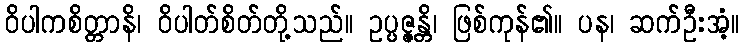
ဝိပါကစိတ္တာနိ၊ ဝိပါတ်စိတ်တို့သည်။ ဥပ္ပဇ္ဇန္တိ၊ ဖြစ်ကုန်၏။ ပန၊ ဆက်ဦးအံ့။